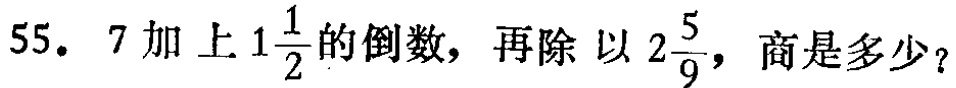
55. \(7\)加上\(1\frac{1}{2}\)的倒数，再除以\(2\frac{5}{9}\)，商是多少？